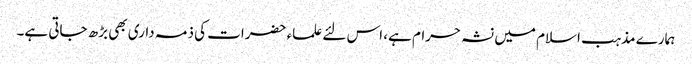
ہمارے مذہب اسلام میں نشہ حرام ہے، اس لئے علماء حضرات کی ذمہ داری بھی بڑھ جاتی ہے۔